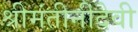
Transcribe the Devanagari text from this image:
श्रीमंतीनीदेवी